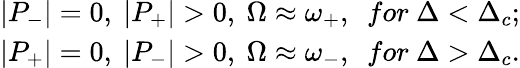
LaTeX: \begin{array}{r}{|P_{-}|=0,~|P_{+}|>0,~\Omega\approx\omega_{+},~~for~\Delta<\Delta_{c};}\\ {|P_{+}|=0,~|P_{-}|>0,~\Omega\approx\omega_{-},~~for~\Delta>\Delta_{c}.}\end{array}